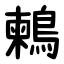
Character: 鶫